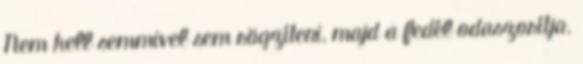
Nem kell semmivel sem rögzíteni, majd a fedél odaszorítja.